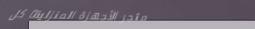
متجر الأجهزة المنزلية: كل